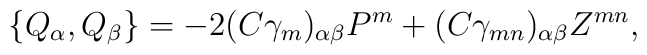
\{Q_\alpha,Q_\beta\}=-2(C\gamma_m)_{\alpha\beta}P^m+(C\gamma_{mn})_{\alpha\beta}Z^{mn},